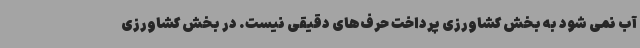
آب نمی شود به بخش کشاورزی پرداخت حرف‌های دقیقی نیست. در بخش کشاورزی